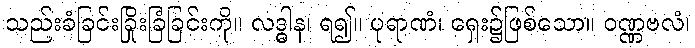
သည်းခံခြင်းခြိုးခြံခြင်းကို။ လဒ္ဓါန၊ ရ၍။ ပုရာဏံ၊ ရှေး၌ဖြစ်သော။ ဝဏ္ဏဗလံ၊